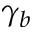
\gamma _ { b }